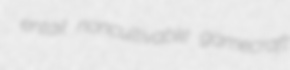
entail noncultivable gamecraft